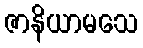
ဇာနိယာမသေ